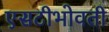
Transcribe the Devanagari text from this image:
एसटीभोवती